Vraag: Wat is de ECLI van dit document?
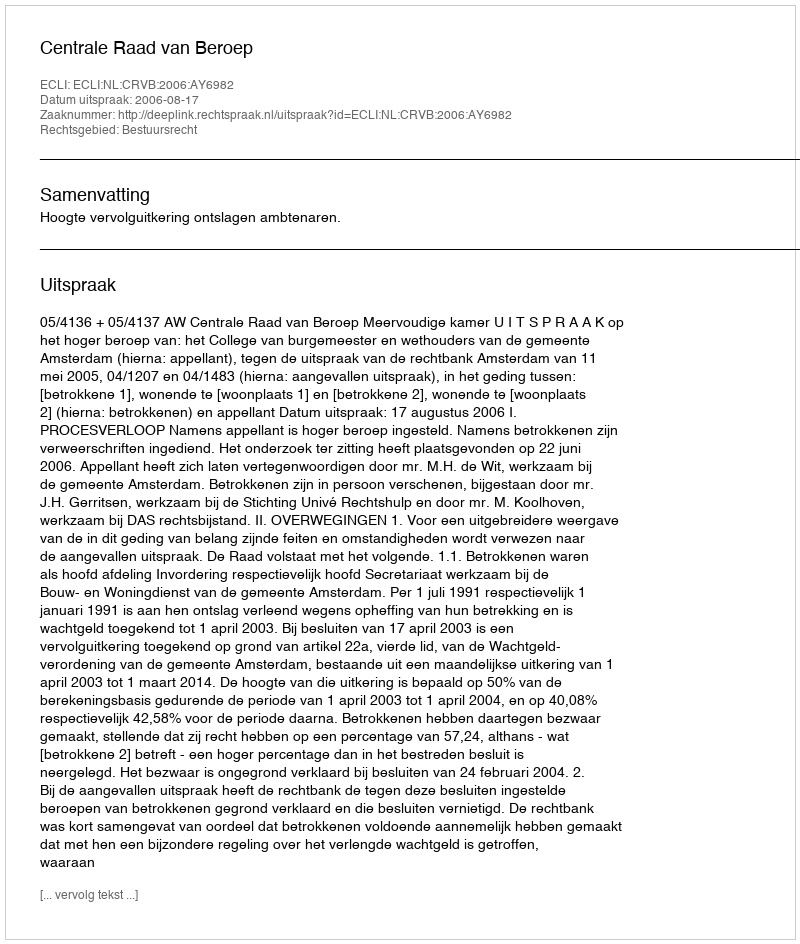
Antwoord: ECLI:NL:CRVB:2006:AY6982